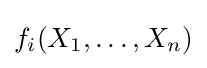
f_{i}(X_{1},\dots ,X_{n})